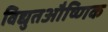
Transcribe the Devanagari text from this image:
विद्युतऔष्णिक